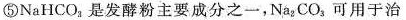
⑤NaHCO_{3}，是发酵粉主要成分之一，Na_{2}CO_{3}可用于治